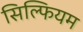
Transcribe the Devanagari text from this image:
सिल्फियम